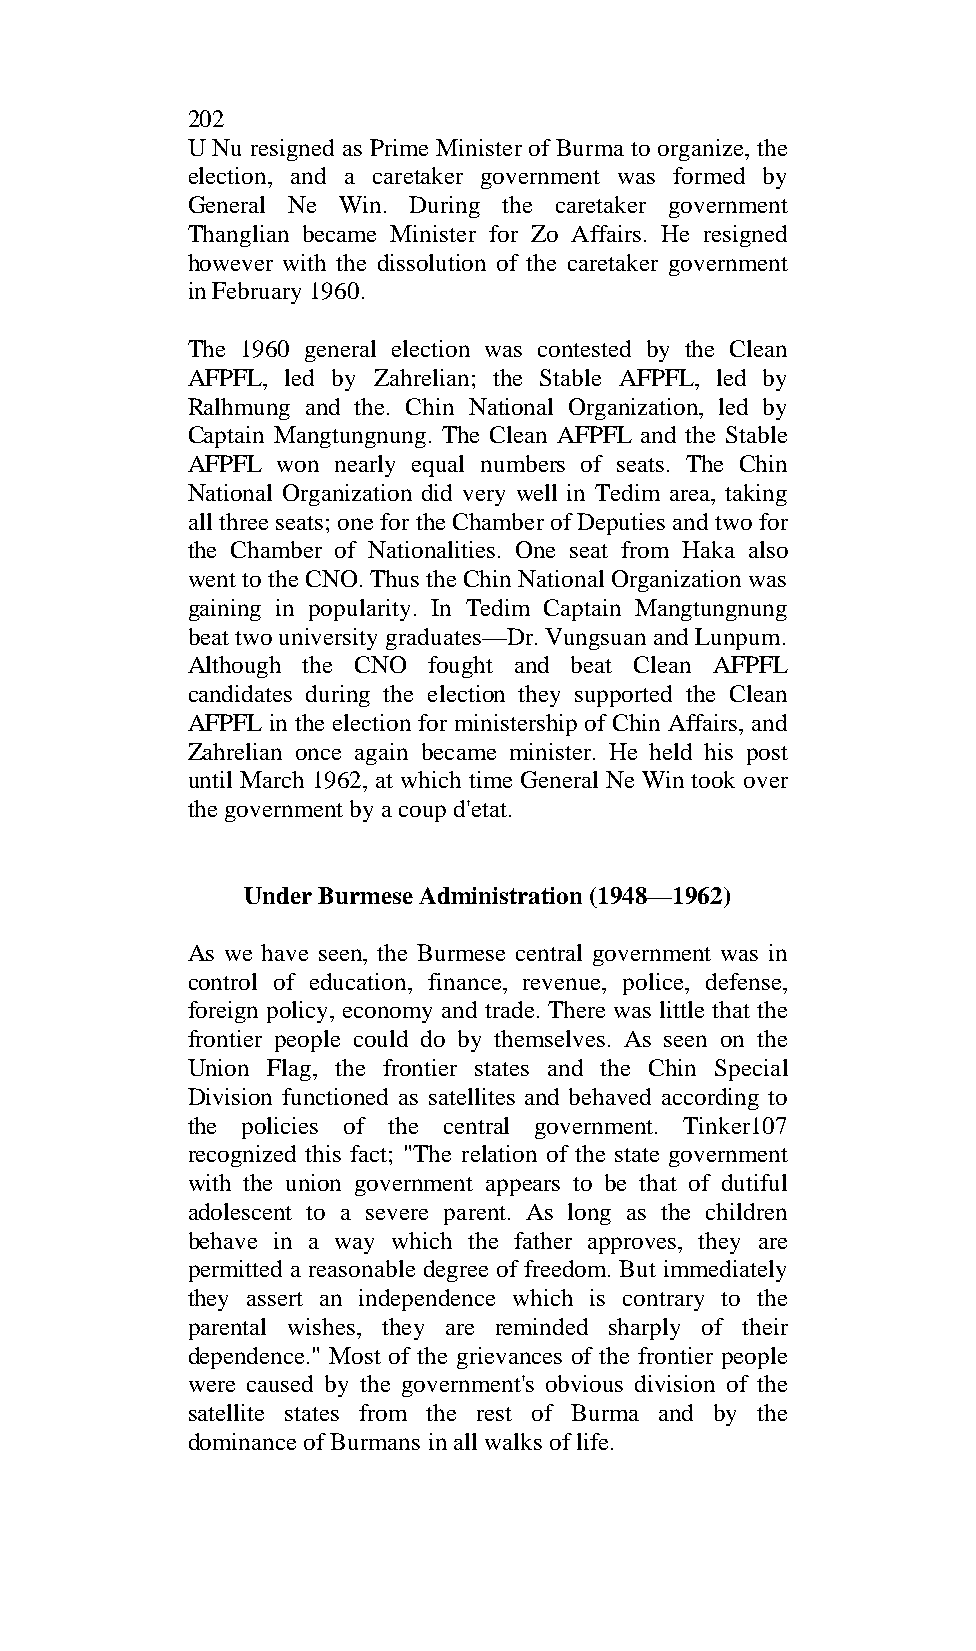
202
 U Nu resigned as Prime Minister of Burma to organize, the
 election, and a caretaker government was formed by
 General Ne Win. During the caretaker government
 Thanglian became Minister for Zo Affairs. He resigned
 however with the dissolution of the caretaker government
 in February 1960.
 The 1960 general election was contested by the Clean
 AFPFL, led by Zahrelian; the Stable AFPFL, led by
 Ralhmung and the. Chin National Organization, led by
 Captain Mangtungnung. The Clean AFPFL and the Stable
 AFPFL won nearly equal numbers of seats. The Chin
 National Organization did very well in Tedim area, taking
 all three seats; one for the Chamber of Deputies and two for
 the Chamber of Nationalities. One seat from Haka also
 went to the CNO. Thus the Chin National Organization was
 gaining in popularity. In Tedim Captain Mangtungnung
 beat two university graduates—Dr. Vungsuan and Lunpum.
 Although the CNO fought and beat Clean AFPFL
 candidates during the election they supported the Clean
 AFPFL in the election for ministership of Chin Affairs, and
 Zahrelian once again became minister. He held his post
 until March 1962, at which time General Ne Win took over
 the government by a coup d'etat.
 Under Burmese Administration (1948—1962)
 As we have seen, the Burmese central government was in
 control of education, finance, revenue, police, defense,
 foreign policy, economy and trade. There was little that the
 frontier people could do by themselves. As seen on the
 Union Flag, the frontier states and the Chin Special
 Division functioned as satellites and behaved according to
 the policies of the central government. Tinker107
 recognized this fact; "The relation of the state government
 with the union government appears to be that of dutiful
 adolescent to a severe parent. As long as the children
 behave in a way which the father approves, they are
 permitted a reasonable degree of freedom. But immediately
 they assert an independence which is contrary to the
 parental wishes, they are reminded sharply of their
 dependence." Most of the grievances of the frontier people
 were caused by the government's obvious division of the
 satellite states from the rest of Burma and by the
 dominance of Burmans in all walks of life.